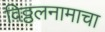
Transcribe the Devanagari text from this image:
विठ्ठलनामाचा